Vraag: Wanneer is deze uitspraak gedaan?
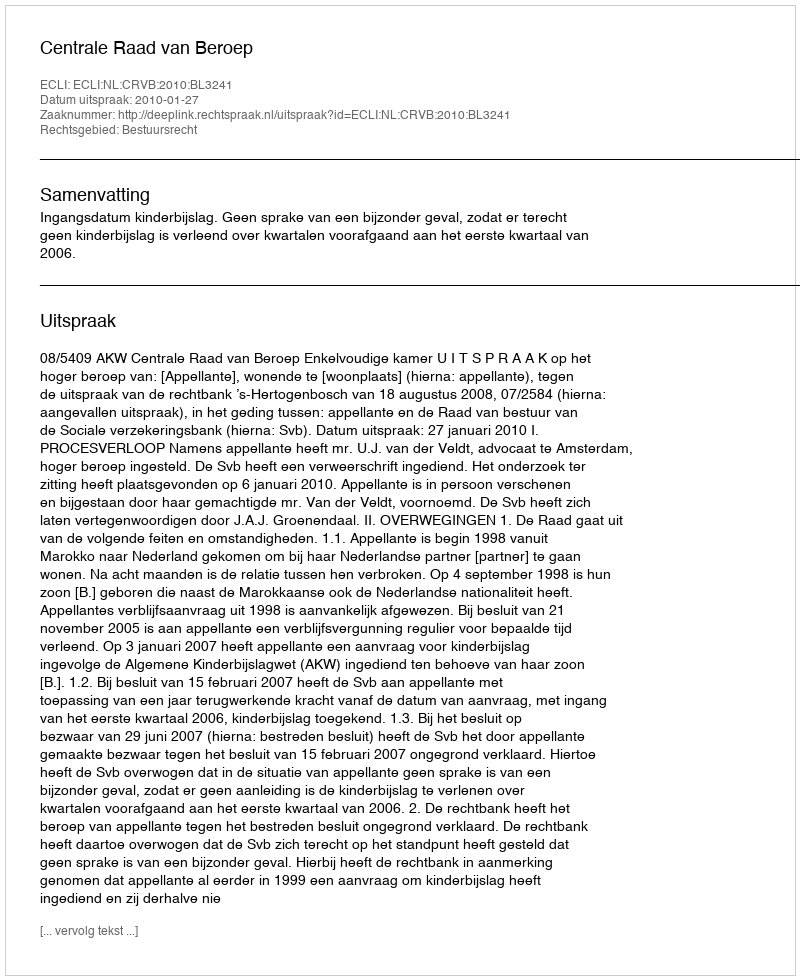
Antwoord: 2010-01-27